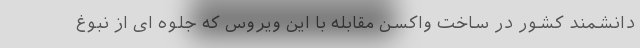
دانشمند کشور در ساخت واکسن مقابله با این ویروس که جلوه ای از نبوغ